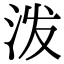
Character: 泼